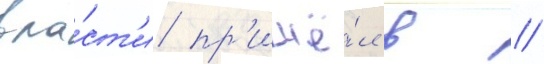
вла́ст'и пр'ишё́л в //